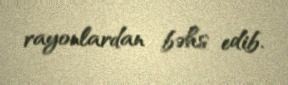
rayonlardan bəhs edib.